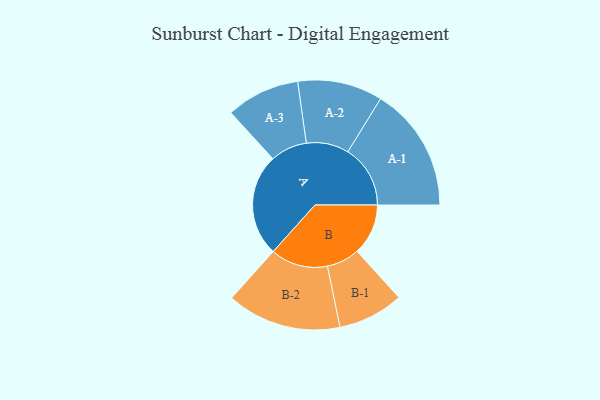
{"axis": {"x": "Segment", "y": "Value"}, "legend": ["", "A", "B"], "data": [{"x": "A", "y": 415, "type": ""}, {"x": "B", "y": 207, "type": ""}, {"x": "A-1", "y": 253, "type": "A"}, {"x": "A-2", "y": 172, "type": "A"}, {"x": "A-3", "y": 149, "type": "A"}, {"x": "B-1", "y": 133, "type": "B"}, {"x": "B-2", "y": 232, "type": "B"}]}